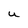
Character: U